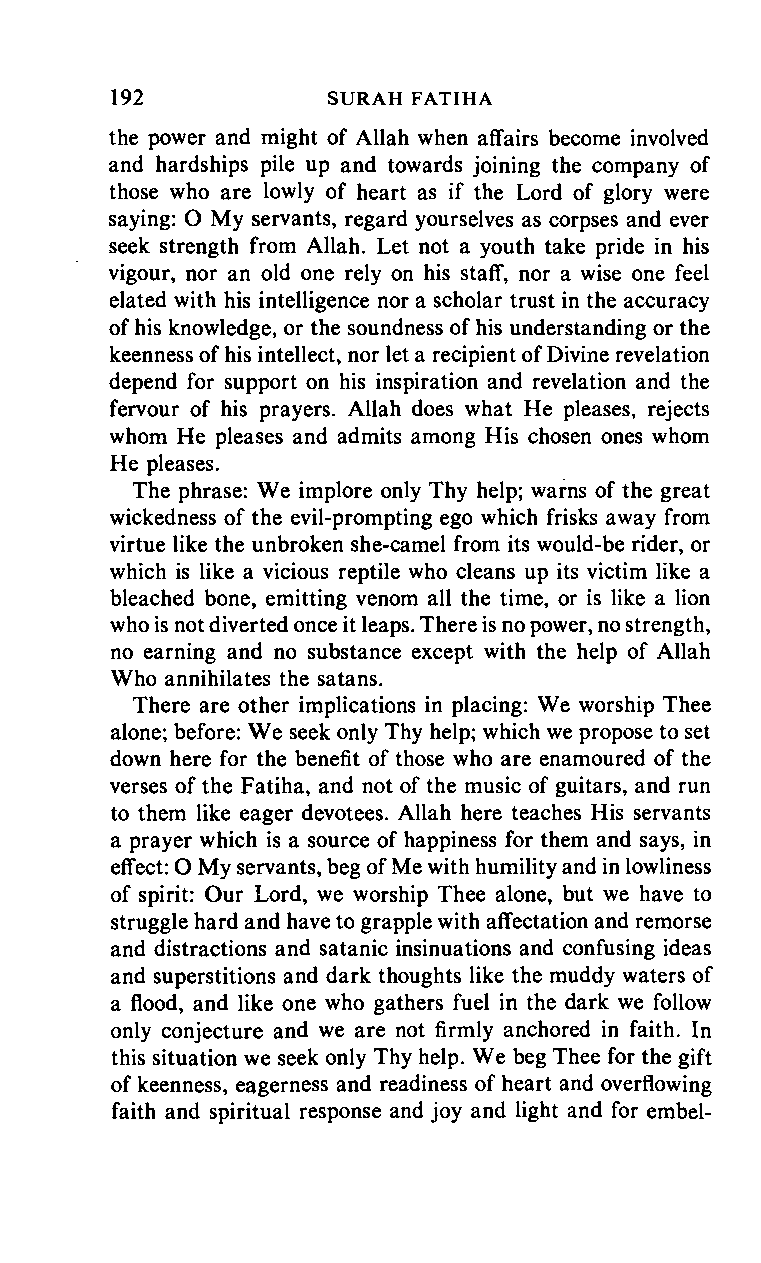
192     SURAH      FATIHA
 the power and might of Allah when affairs become involved
 and hardships pile up and towards joining the company of
 those who are lowly of heart as if the Lord of glory were
 saying: O My servants, regard yourselves as corpses and ever
 seek strength from Allah. Let not a youth take pride in his
 vigour, nor an old one rely on his staff, nor a wise one feel
 elated with his intelligence nor a scholar trust in the accuracy
 of his knowledge, or the soundness of his understanding or the
 keenness of his intellect, nor let a recipient of Divine revelation
 depend for support on his inspiration and revelation and the
 fervour of his prayers. Allah does what He pleases, rejects
 whom He pleases and admits among His chosen ones whom
 He pleases.
 The phrase: We implore only Thy help; warns of the great
 wickedness of the evil-prompting ego which frisks away from
 virtue like the unbroken she-camel from its would-be rider, or
 which is like a vicious reptile who cleans up its victim like a
 bleached bone, emitting venom all the time, or is like a lion
 who is not diverted once it leaps. There is no power, no strength,
 no earning and no substance except with the help of Allah
 Who annihilates the satans.
 There are other implications in placing: We worship Thee
 alone; before: We seek only Thy help; which we propose to set
 down here for the benefit of those who are enamoured of the
 verses of the Fatiha, and not of the music of guitars, and run
 to them like eager devotees. Allah here teaches His servants
 a prayer which is a source of happiness for them and says, in
 effect: O My servants, beg of Me with humility and in lowliness
 of spirit: Our Lord, we worship Thee alone, but we have to
 struggle hard and have to grapple with affectation and remorse
 and distractions and satanic insinuations and confusing ideas
 and superstitions and dark thoughts like the muddy waters of
 a flood, and like one who gathers fuel in the dark we follow
 only conjecture and we are not firmly anchored in faith. In
 this situation we seek only Thy help. We beg Thee for the gift
 of keenness, eagerness and readiness of heart and overflowing
 faith and spiritual response and joy and light and for embel-